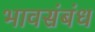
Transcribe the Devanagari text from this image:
भावसंबंध